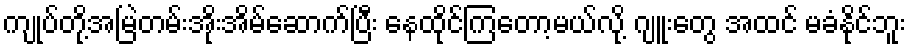
ကျုပ်တို့အမြဲတမ်းအိုးအိမ်ဆောက်ပြီး နေထိုင်ကြတော့မယ်လို့ ဂျူးတွေ အထင် မခံနိုင်ဘူး